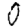
Digit: 0